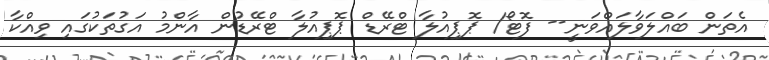
އެތަން ބައްލަވާލައްވަނީ-- ފޮޓޯ/ ޕޮޕިއުލާ ޓްރޭޑް ޕޮޕިއުލާ ޓްރޭޑުން އާންމު އަގުތަކުގައި ވިއްކާ